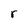
Character: r